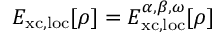
E _ { \mathrm { x c , l o c } } [ \rho ] = E _ { \mathrm { x c , l o c } } ^ { \alpha , \beta , \omega } [ \rho ]